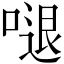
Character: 𠺙